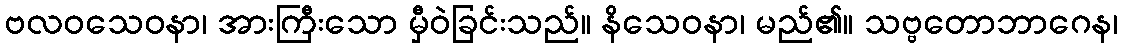
ဗလဝသေဝနာ၊ အားကြီးသော မှီဝဲခြင်းသည်။ နိသေဝနာ၊ မည်၏။ သဗ္ဗတောဘာဂေန၊